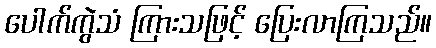
ပေါက်ကွဲသံ ကြားသဖြင့် ပြေးလာကြသည်။